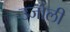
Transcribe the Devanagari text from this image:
उजोली